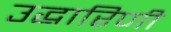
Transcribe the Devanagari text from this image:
उद्धारिणी